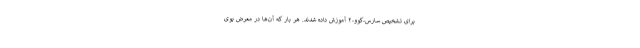
برای تشخیص سارس-کوو-۲ آموزش داده شدند. هر بار که آن‌ها در معرض بوی